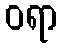
ဝရာ